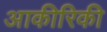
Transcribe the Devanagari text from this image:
आकीरिकी